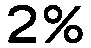
2%